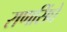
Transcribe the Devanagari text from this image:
राणसिंघे